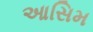
આસિમ